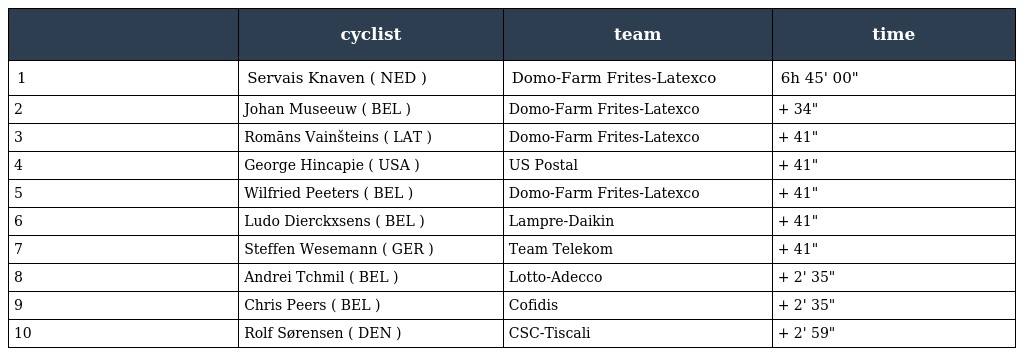
|  | cyclist | team | time |
 | --- | --- | --- | --- |
 | 1 | Servais Knaven ( NED ) | Domo-Farm Frites-Latexco | 6h 45' 00" |
 | 2 | Johan Museeuw ( BEL ) | Domo-Farm Frites-Latexco | + 34" |
 | 3 | Romāns Vainšteins ( LAT ) | Domo-Farm Frites-Latexco | + 41" |
 | 4 | George Hincapie ( USA ) | US Postal | + 41" |
 | 5 | Wilfried Peeters ( BEL ) | Domo-Farm Frites-Latexco | + 41" |
 | 6 | Ludo Dierckxsens ( BEL ) | Lampre-Daikin | + 41" |
 | 7 | Steffen Wesemann ( GER ) | Team Telekom | + 41" |
 | 8 | Andrei Tchmil ( BEL ) | Lotto-Adecco | + 2' 35" |
 | 9 | Chris Peers ( BEL ) | Cofidis | + 2' 35" |
 | 10 | Rolf Sørensen ( DEN ) | CSC-Tiscali | + 2' 59" |